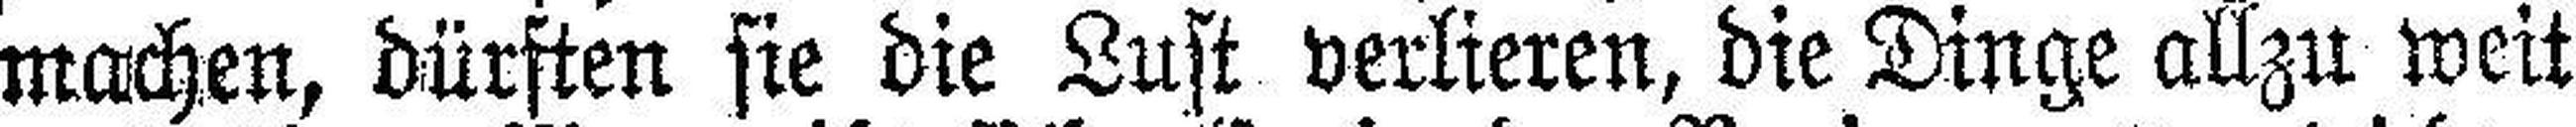
machen, dürften sie die Lust verlieren, die Dinge allzu weit